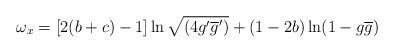
LaTeX: \begin{align*}\omega_x = [2(b+c)-1] \ln\sqrt{(4g'\overline{g}')}+(1-2b)\ln(1-g\overline{g})\end{align*}